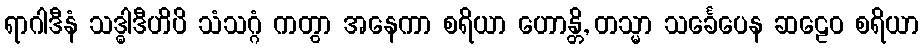
ရာဂါဒီနံ သဒ္ဓါဒီဟိပိ သံသဂ္ဂံ ကတွာ အနေကာ စရိယာ ဟောန္တိ, တသ္မာ သင်္ခေပေန ဆဠေဝ စရိယာ